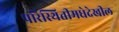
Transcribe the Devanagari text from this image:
परिस्थितीमधेदेखील